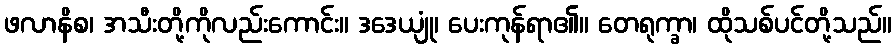
ဖလာနိစ၊ အသီးတို့ကိုလည်းကောင်း။ ဒဒေယျုံ၊ ပေးကုန်ရာ၏။ တေရုက္ခာ၊ ထိုသစ်ပင်တို့သည်။